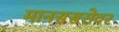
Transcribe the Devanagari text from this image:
मानससरोवर